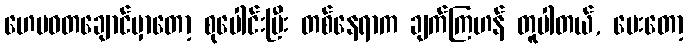
ဟေမဝတချောင်မှာတော့ စုပေါင်းပြီး တစ်နေရာက ချက်ကြဟန် တူပါတယ်, မေးတော့